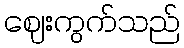
ဈေးကွက်သည်